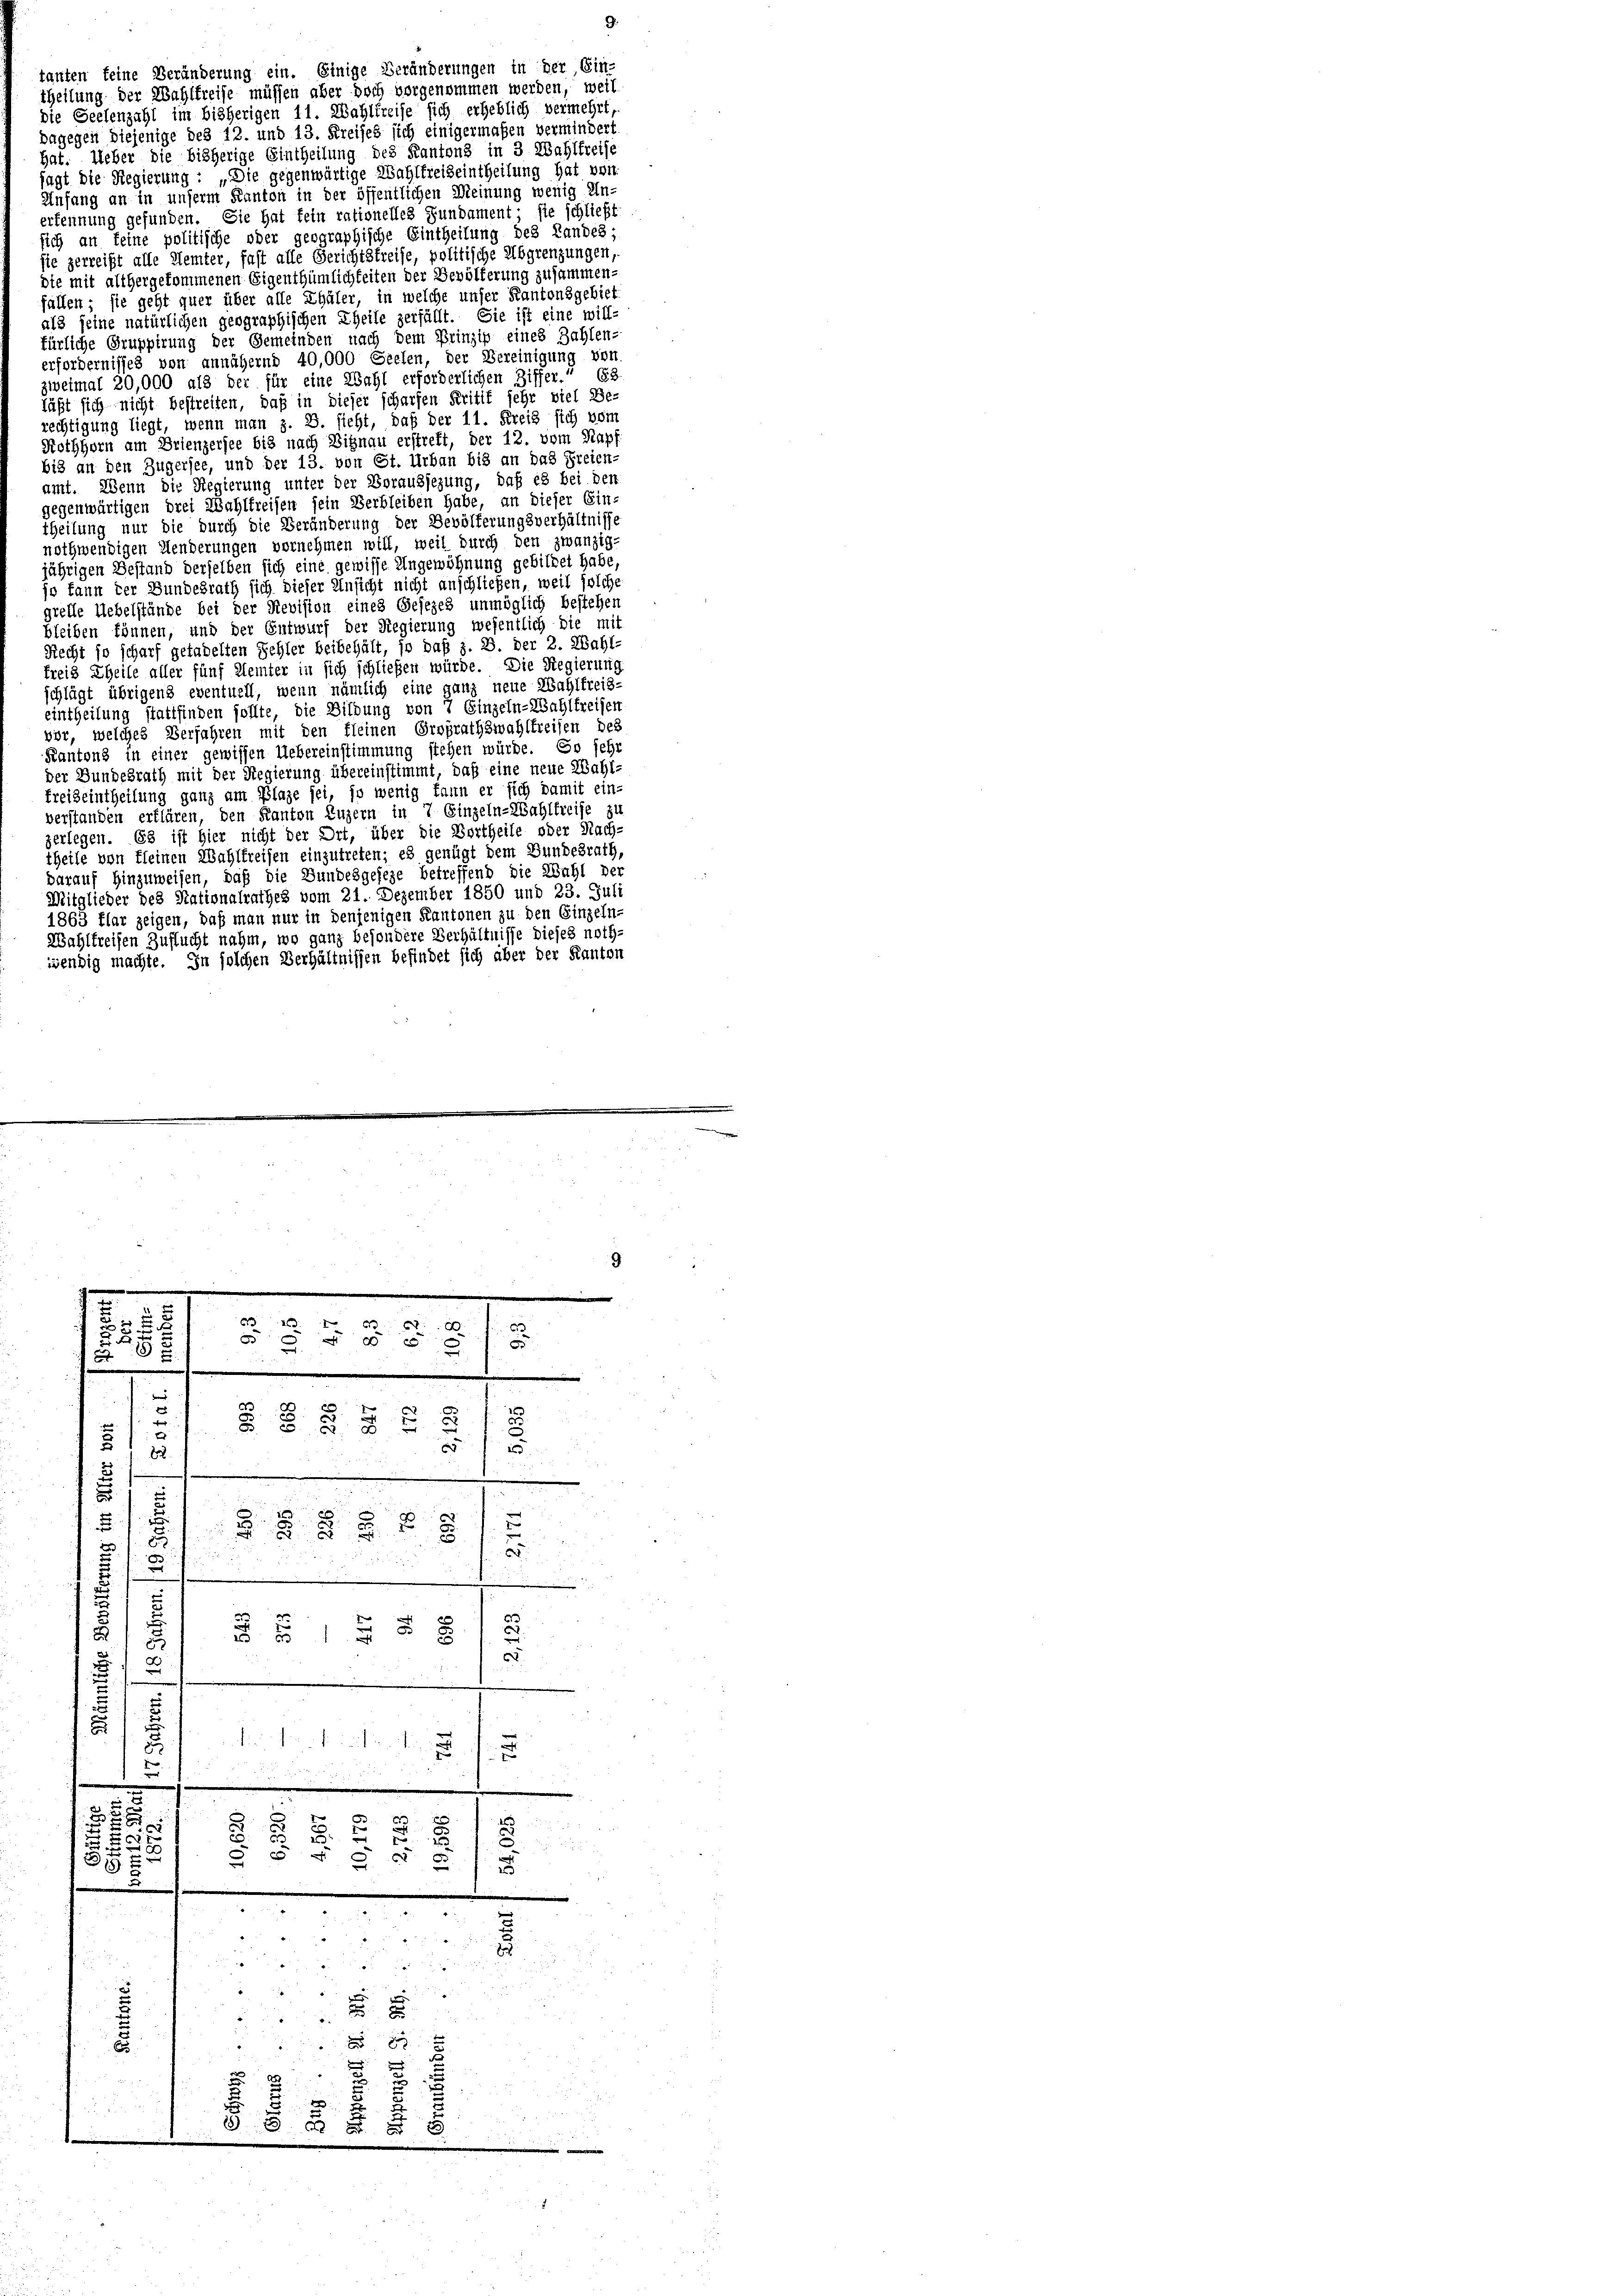
tanten keine Veränderung ein. Einige Veränderungen in der Ein-
theilung der Wahlfreise müssen aber doch vorgenommen werden, weil
die Seelenzahl im bisherigen 11. Wahlkreise sich erheblich vermehrt,
dagegen diejenige des 12. und 13. Kreises sich einigermaßen vermindert
hat. Ueber die bisherige Eintheilung des Kantons in 3 Wahlfreise
sagt die Regierung : „Die gegenwärtige Wahlkreiseintheilung hat von
Anfang an in unserm Kanton in der öffentlichen Meinung wenig Un-
erkennung gefunden. Sie hat fein rationelles Fundament; sie schließt
sich an keine politische oder geographische Eintheilung des Landes;
sie zerreift alle Nemter, fast alle Gerichtstreise, politische Abgrenzungen,
die mit althergekommenen Eigenthümlichkeiten der Bevölferung zusammen-
fällen; sie geht quer über alle Thäler, in welche unser Kantonsgebiet
als seine natürlichen geographischen Theile zerfällt. Sie ist eine will-
fürliche Gruppirung der Gemeinden nach dem Prinzip eines Zahlen-
erfordernisses von annähernd 40,000 Seelen, der Bereinigung von
ziveimat 20,000 als der für eine Wahl erforderlichen Ziffer.“ Es
läßt sich nicht bestreiten, daß in dieser scharfen Kritif sehr viel Be-
rechtigung liegt, wenn man z. B. sieht, daß der 11. Kreis sich vom
Rothhorn am Briengersee bis nach Vitznau erstreft, der 12. vom Kapf
bis an den Zugersee, und der 13. von St. Urban bis an das Freien-
amt. Wenn die Regierung unter der Voraussezung, daß es bei den
gegenwärtigen drei Wahlkreisen sein Verbleiben habe, an dieser Ein
theilung nur die durch die Veränderung der Bevölferungsverhältnisse
nothwendigen Henderungen vornehmen will, weil durch den zwanzig-
jährigen Bestand derselben sich eine gewisse Ungewöhnung gebildet habe,
jo kann der Bundesrath sich dieser Unsicht nicht anschließen, weil solche
grelle Uebelstände bei der Revision eines Gesezes unmöglich bestehen
bleiben können, und der Entwurf der Regierung wesentlich die mit
Recht so scharf getadelten Fehler beibehält, so daß z. B. der 2. Wahl-
frei Theile aller fünf Kemter in sich schließen würde. Die Regierung
schlägt übrigens eventuell, wenn nämlich eine ganz neue Wahlfreis-
eintheilung stattfinden sollte, die Bildung von 7 Einzeln-Wahlkreisen
vor, welches Verfahren mit den kleinen Großrathswahlkreisen des
Kantons in einer gewissen Uebereinstimmung stehen würde. So sehr
der Bundesrath mit der Regierung übereinstimmt, daß eine neue Wahl-
freiseintheilung ganz am Plage sei, so wenig kann er sich damit ein-
verstanden erklären, den Kanton Luzern in 7 Einzeln-Wahlkreise zu
zerlegen. Es ist hier nicht der Ort, über die Bertheile oder Nach-
theile von fleinen Wahlkreisen einzutreten; es genügt dem Bundesrath,
darauf hinzuweisen, daß die Bundesgeseze betreffend die Wahl der
Mitglieder des Nationalrathes vom 21. Dezember 1850 und 23. Juli
1863 flar zeigen, daß man nur in denjenigen Kantonen zu den Einzeln-
Wahltreifen Zuflucht nahm, wo ganz besondere Verhältnisse dieses noth
wendig machte. In solchen Verhältnissen befindet sich über der Kanton

3
x
2
5
.
¬
¬
.
c
e
e
§ 8 f 8 x
2
55 f 15
82

f
.
e

5
u
   8 x
x

.
a
u
 51 § § 8
.

s
e
s

2
u
chen sie serait unten der

t
e
.
.
h

3
ch
.

5
e
5
18
i
.
5
.
Jas
u

u
.
 x
 xx
6
i
u
2
e
5
68 § 8 § 8
.